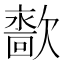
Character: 𰙙